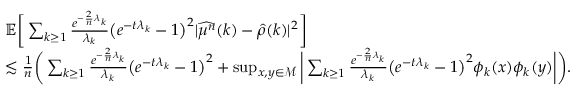
\begin{array} { r l } & { \mathbb { E } \bigg [ \sum _ { k \geq 1 } \frac { e ^ { - \frac { 2 } { n } \lambda _ { k } } } { \lambda _ { k } } \big ( e ^ { - t \lambda _ { k } } - 1 \big ) ^ { 2 } \vert \widehat { \mu ^ { n } } ( k ) - \widehat { \rho } ( k ) \vert ^ { 2 } \bigg ] } \\ & { \lesssim \frac { 1 } { n } \bigg ( \sum _ { k \geq 1 } \frac { e ^ { - \frac { 2 } { n } \lambda _ { k } } } { \lambda _ { k } } \big ( e ^ { - t \lambda _ { k } } - 1 \big ) ^ { 2 } + \operatorname* { s u p } _ { x , y \in \mathcal { M } } \bigg \vert \sum _ { k \geq 1 } \frac { e ^ { - \frac { 2 } { n } \lambda _ { k } } } { \lambda _ { k } } \big ( e ^ { - t \lambda _ { k } } - 1 \big ) ^ { 2 } \phi _ { k } ( x ) \phi _ { k } ( y ) \bigg \vert \bigg ) . } \end{array}